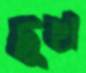
দুখ